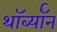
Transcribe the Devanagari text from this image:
थॉर्ब्यॉन